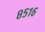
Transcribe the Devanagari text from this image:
८५१६